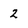
Character: 2